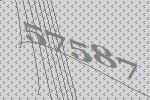
57587